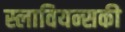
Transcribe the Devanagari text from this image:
स्लावियन्सकी